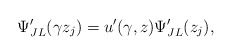
\begin{align*}\Psi^{\prime}_{JL} (\gamma z_j)=u^{\prime} (\gamma,z) \Psi^{\prime}_{JL} (z_j),\end{align*}